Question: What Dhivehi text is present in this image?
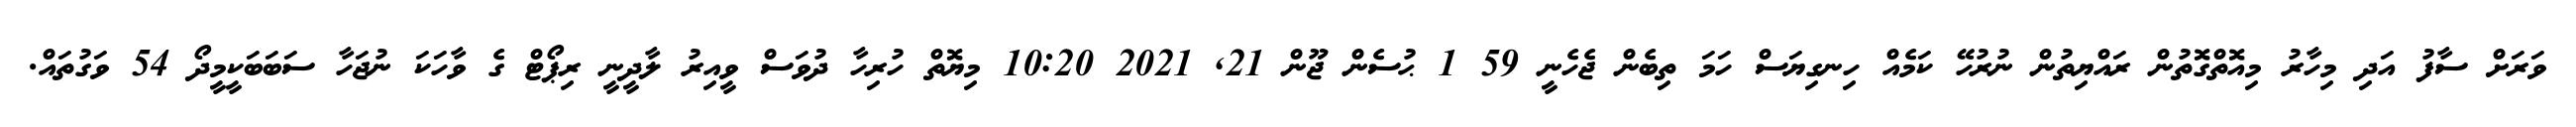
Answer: ވަރަށް ސާފު އަދި މިހާރު މިއޮތްގޮތުން ރައްޔިތުން ނުރުހޭ ކަމެއް ހިނގިޔަސް ހަމަ ތިބެން ޖެހެނީ 59 1 ޙުސެން ޖޫން 21, 2021 10:20 މިޔޮތް ހުރިހާ ދުވަސް ވީއިރު ލާދީނީ ރިޕޯޓް ގެ ވާހަކަ ނުޖަހާ ސަބަބަކީމީދޯ 54 ވަގުތައް.